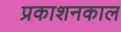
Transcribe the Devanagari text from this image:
प्रकाशनकाल